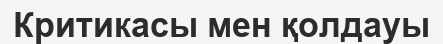
Критикасы мен қолдауы